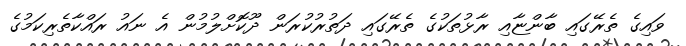
ވައިގެ ތެރޭގައި ބާންޏާއި ރާޅުތަކުގެ ތެރޭގައި ދަތުރުކުރަން ދޫކޮށްލުމުން އެ ނައު ރައްކާތެރިކަމުގެ